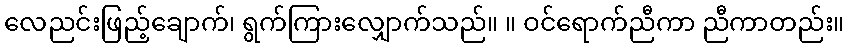
လေညင်းဖြည့်ချောက်၊ ရွက်ကြားလျှောက်သည်။ ။ ဝင်ရောက်ညီကာ ညီကာတည်း။